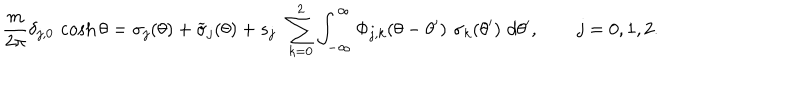
LaTeX: { \frac { m } { 2 \pi } } \delta _ { j , 0 } \, \cosh \theta = \sigma _ { j } ( \theta ) + \widetilde { \sigma } _ { j } ( \theta ) + s _ { j } \, \ \sum _ { k = 0 } ^ { 2 } \int _ { - \infty } ^ { \infty } \Phi _ { j , k } ( \theta - \theta ^ { \prime } ) \, \, \sigma _ { k } ( \theta ^ { \prime } ) \, \, d \theta ^ { \prime } , \qquad j = 0 , 1 , 2 .